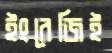
ইংরেজিই